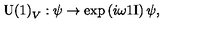
\mathrm { U ( 1 ) } _ { V } : \psi \rightarrow \exp \left( i \omega \mathrm { 1 I } \right) \psi ,